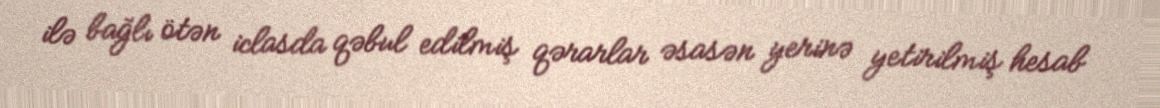
ilə bağlı ötən iclasda qəbul edilmiş qərarlar əsasən yerinə yetirilmiş hesab